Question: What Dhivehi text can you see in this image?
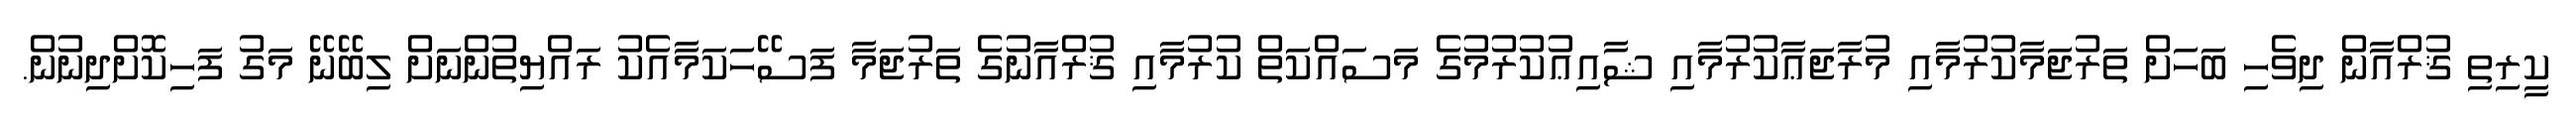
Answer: ކީރިތި ޤުރްއާން ދިވެހި ބަހަށް ތަރުޖަމާކުރުމާއި މުރާޖަޢާކުރުމާއި ޝާއިޢުކުރުމުގެ މަސައްކަތް ކުރުމާއި ޤުރްއާނުގެ ތަރުޖަމާ ފަސޭހަކަމާއެކު ރައްޔިތުންނަށް ލިބޭނޭ މަގު ފަހިކޮށްދިނުން.